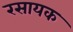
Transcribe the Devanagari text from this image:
रसायक